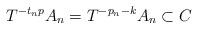
LaTeX: \begin{align*}T^{-t_np}A_n = T^{-p_n-k}A_n \subset C \end{align*}